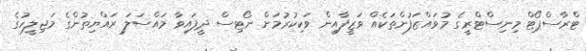
ޓްރާސްޕޯޓް މިނިސްޓްރީގެ މުވައްޒަފުންތަކެއް ވަޒީފާއިން ވަކިކުރުމަށް ނޯޓިސް ދީފައިވާ މައްސަލަ ރައްޔިތުންގެ މަޖިލީހުގެ